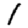
Digit: 1